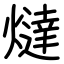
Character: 燵